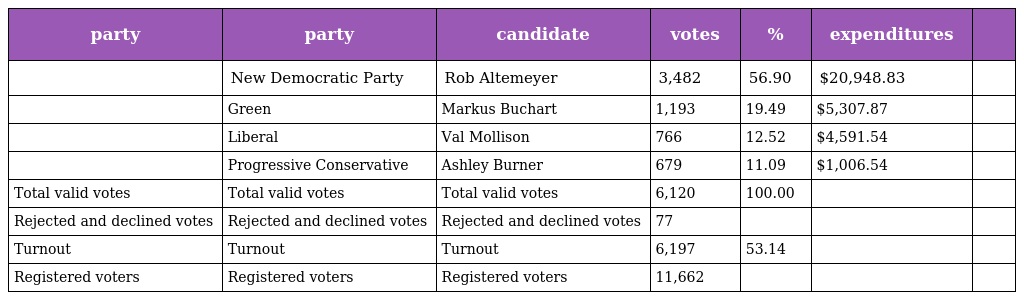
| party | party | candidate | votes | % | expenditures |  |
 | --- | --- | --- | --- | --- | --- | --- |
 |  | New Democratic Party | Rob Altemeyer | 3,482 | 56.90 | $20,948.83 |  |
 |  | Green | Markus Buchart | 1,193 | 19.49 | $5,307.87 |  |
 |  | Liberal | Val Mollison | 766 | 12.52 | $4,591.54 |  |
 |  | Progressive Conservative | Ashley Burner | 679 | 11.09 | $1,006.54 |  |
 | Total valid votes | Total valid votes | Total valid votes | 6,120 | 100.00 |  |  |
 | Rejected and declined votes | Rejected and declined votes | Rejected and declined votes | 77 |  |  |  |
 | Turnout | Turnout | Turnout | 6,197 | 53.14 |  |  |
 | Registered voters | Registered voters | Registered voters | 11,662 |  |  |  |